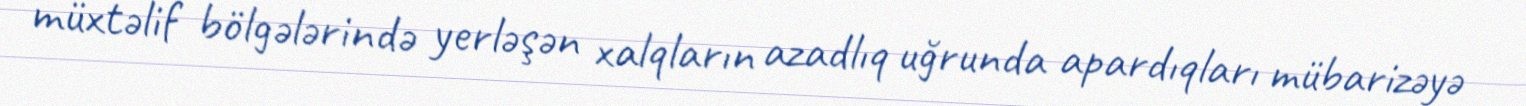
müxtəlif bölgələrində yerləşən xalqların azadlıq uğrunda apardıqları mübarizəyə